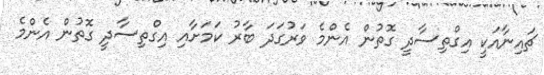
ޗައިނާއަކީ އިގްތިސާދީ ގޮތުން އެންމެ ވަރުގަދަ ބާރު ކަމަށާއި އިގްތިސާދީ ގޮތުން އެންމެ